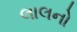
લાલનો